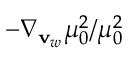
- \nabla _ { \mathbf { v } _ { w } } \mu _ { 0 } ^ { 2 } / \mu _ { 0 } ^ { 2 }